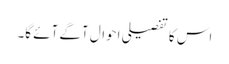
اس کا تفصیلی احوال آگے آئے گا۔